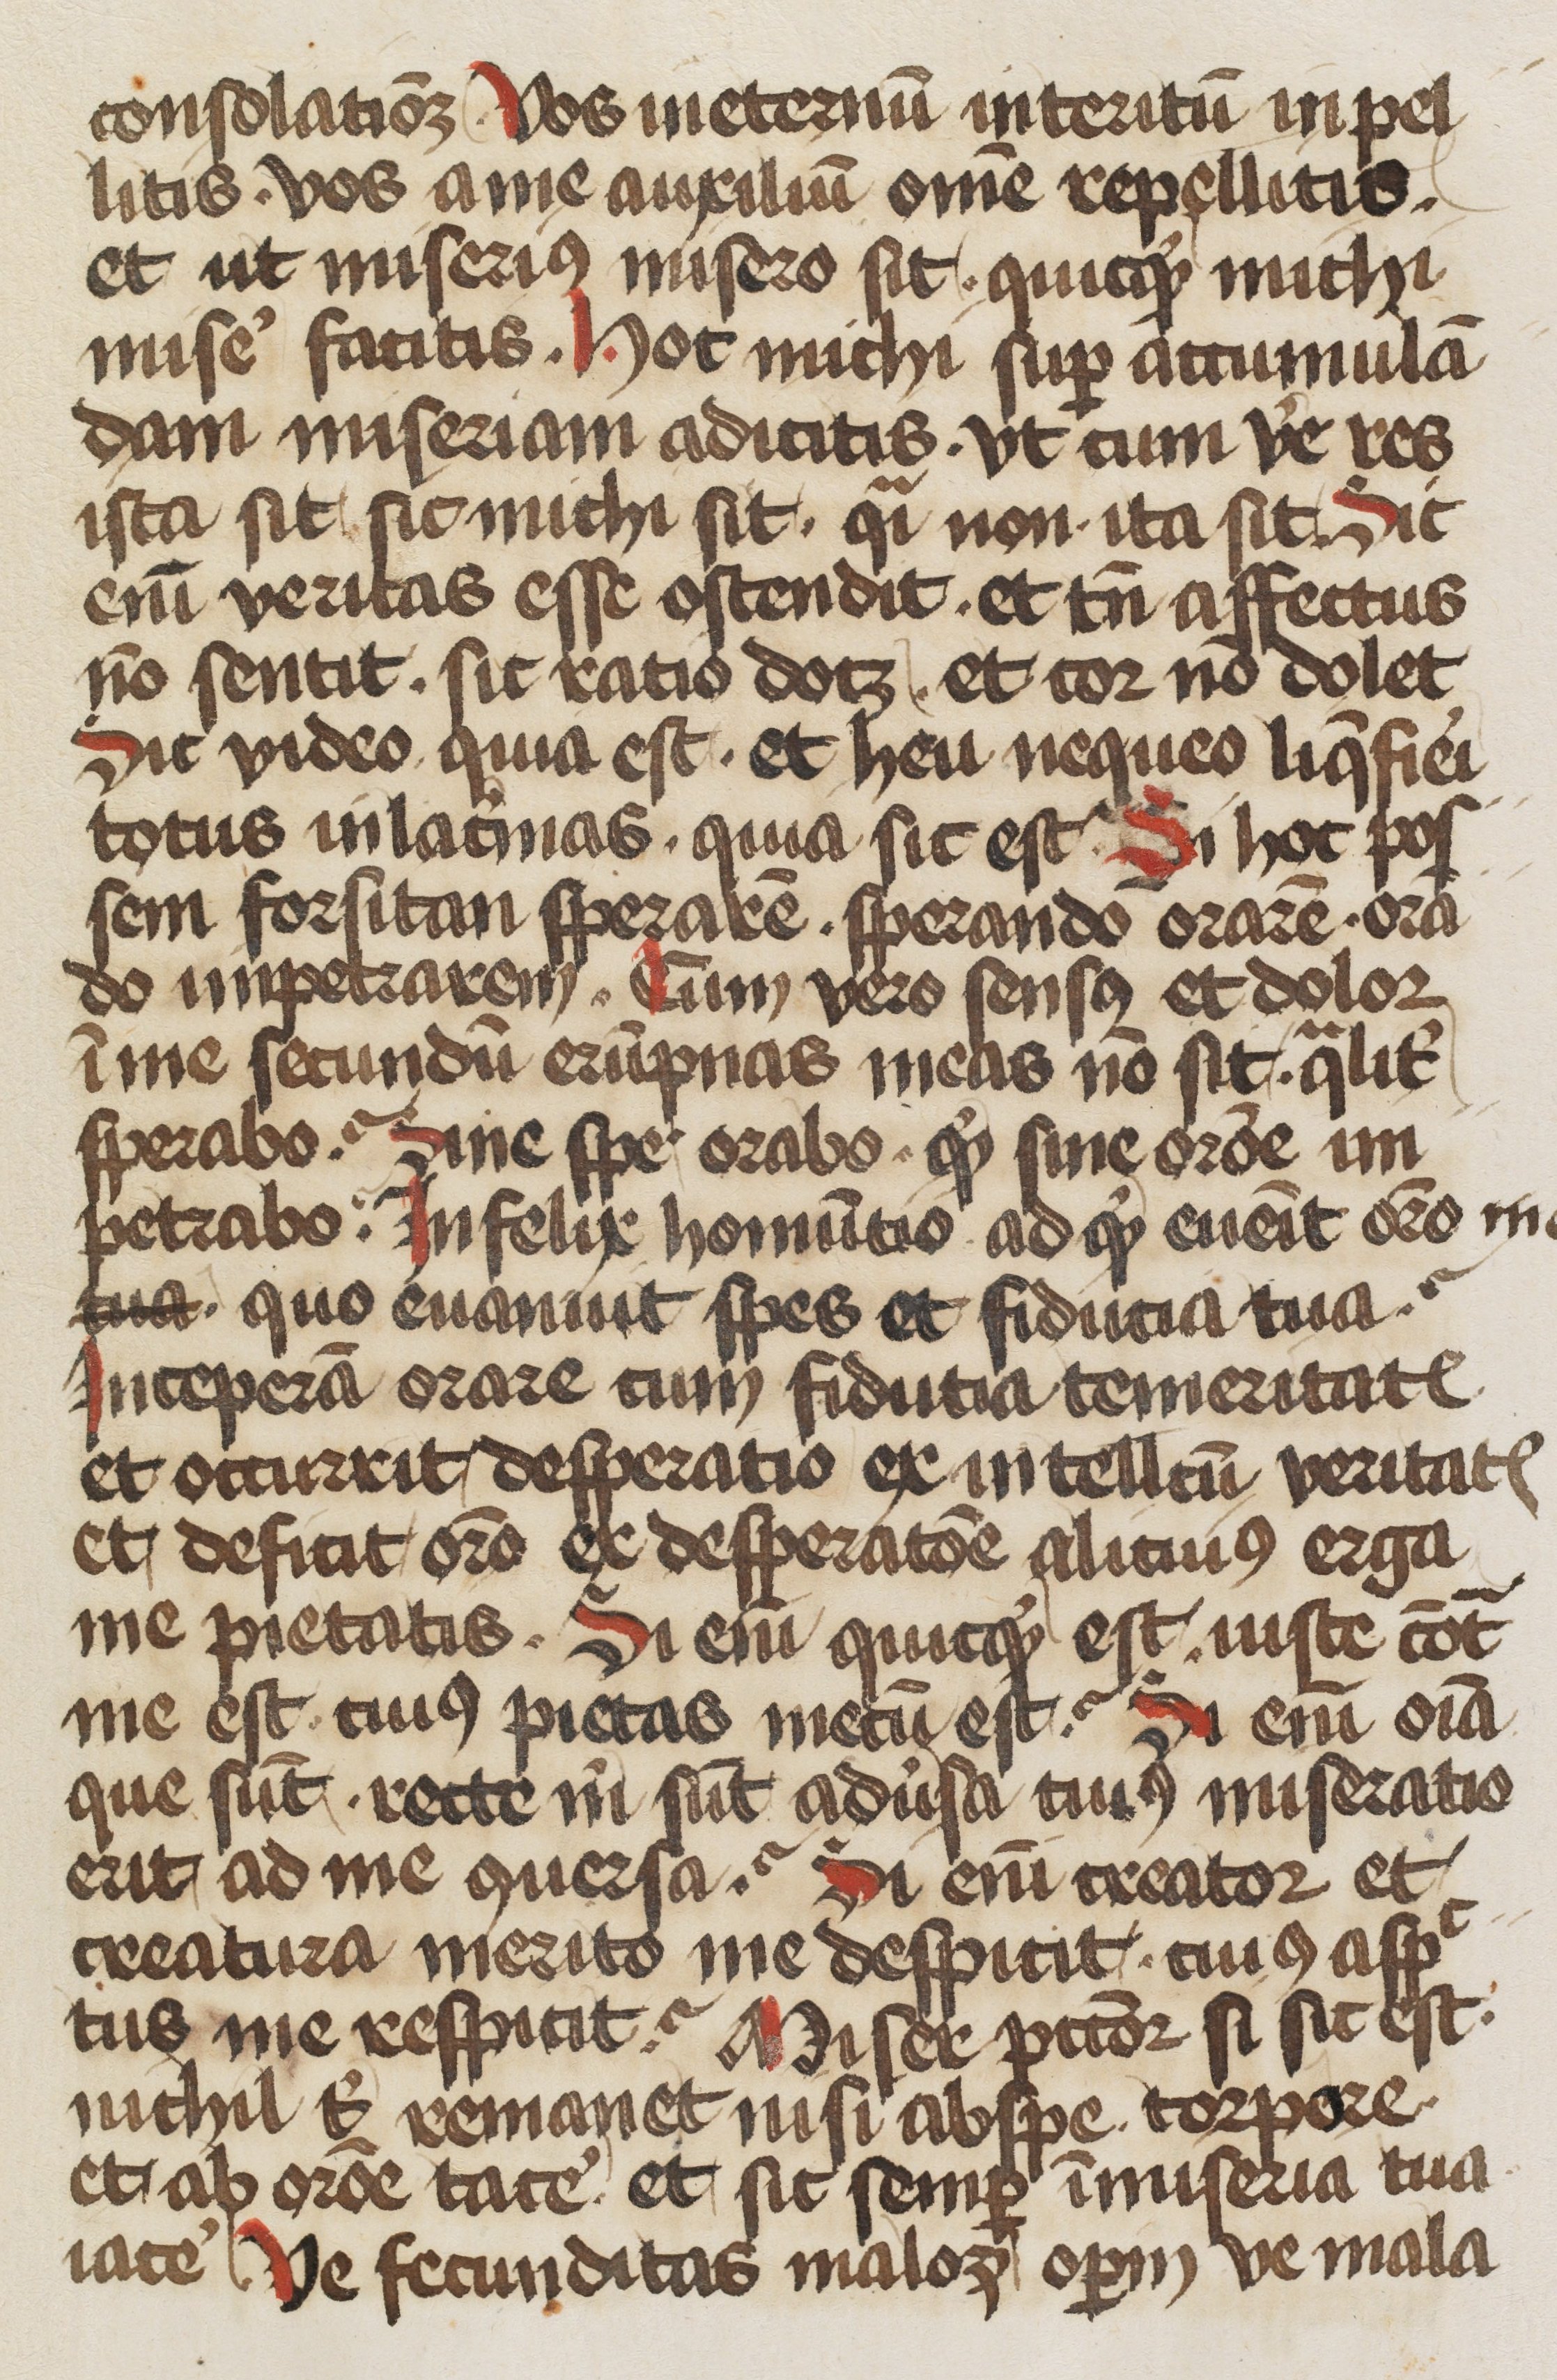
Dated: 1450–1499